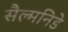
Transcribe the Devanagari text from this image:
सैल्मनिडे